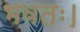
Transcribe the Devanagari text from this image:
भवतः।